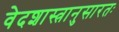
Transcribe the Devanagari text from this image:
वेदशास्त्रानुसारतः